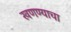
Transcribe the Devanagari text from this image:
खणण्याचा